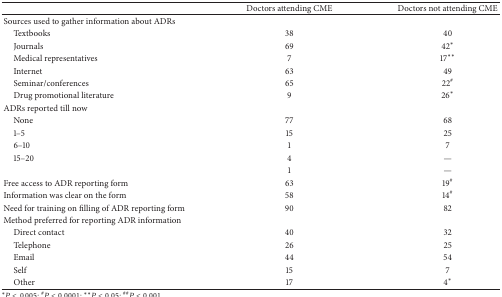
|  | Doctors attending CME | Doctors not attending CME |
 | --- | --- | --- |
 | Sources used to gather information about ADRs |  |  |
 | Textbooks | 38 | 40 |
 | Journals | 69 | 42* |
 | Medical representatives | 7 | 17** |
 | Internet | 63 | 49 |
 | Seminar/conferences | 65 | 22# |
 | Drug promotional literature | 9 | 26* |
 | ADRs reported till now |  |  |
 | None | 77 | 68 |
 | 1–5 | 15 | 25 |
 | 6–10 | 1 | 7 |
 | 15–20 | 4 | — |
 |  | 1 | — |
 | Free access to ADR reporting form | 63 | 19# |
 | Information was clear on the form | 58 | 14# |
 | Need for training on filling of ADR reporting form | 90 | 82 |
 | Method preferred for reporting ADR information |  |  |
 | Direct contact | 40 | 32 |
 | Telephone | 26 | 25 |
 | Email | 44 | 54 |
 | Self | 15 | 7 |
 | Other | 17 | 4* |